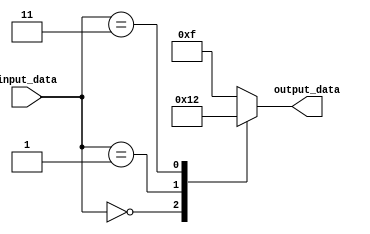
module behavior_modeling(
  input [2:0] input_data,
  output reg [3:0] output_data
);

always @(*)
begin
  case(input_data)
    3'b000: output_data = 4'b0000;
    3'b001: output_data = 4'b0001;
    3'b011: output_data = 4'b0010;
    3'b1??: output_data = 4'b1111; 
    default: output_data = 4'b1111;
  endcase
end

endmodule